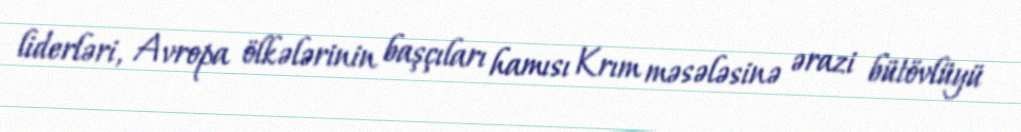
liderləri, Avropa ölkələrinin başçıları hamısı Krım məsələsinə ərazi bütövlüyü